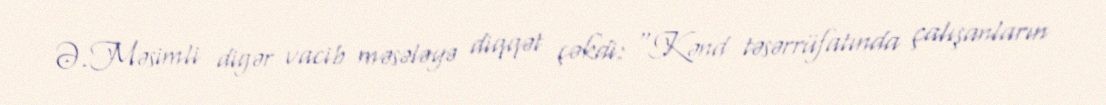
Ə.Məsimli digər vacib məsələyə diqqət çəkdi: “Kənd təsərrüfatında çalışanların